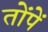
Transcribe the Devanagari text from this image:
तोंपें